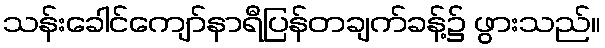
သန်းခေါင်ကျော်နာရီပြန်တချက်ခန့်၌ ဖွားသည်။